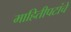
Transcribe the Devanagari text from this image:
माहितीपटांचे